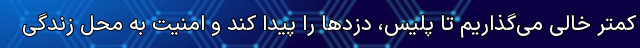
کمتر خالی می‌گذاریم تا پلیس، دزدها را پیدا کند و امنیت به محل زندگی